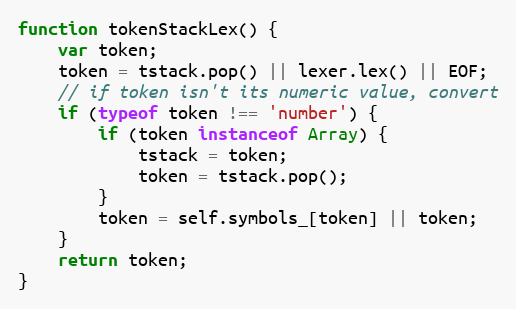
Language: JavaScript
function tokenStackLex() {
    var token;
    token = tstack.pop() || lexer.lex() || EOF;
    // if token isn't its numeric value, convert
    if (typeof token !== 'number') {
        if (token instanceof Array) {
            tstack = token;
            token = tstack.pop();
        }
        token = self.symbols_[token] || token;
    }
    return token;
}